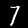
Digit: 7